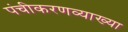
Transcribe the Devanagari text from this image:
पंचीकरणव्याख्या